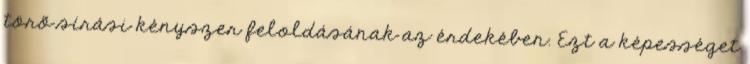
törõ sírási kényszer feloldásának az érdekében. Ezt a képességet